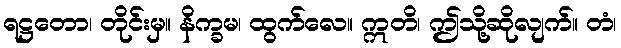
ရဋ္ဌတော၊ တိုင်းမှ။ နိက္ခမ၊ ထွက်လေ။ ဣတိ၊ ဤသို့ဆိုလျက်။ တံ၊